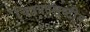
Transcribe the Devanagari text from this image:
चित्रपटसूष्टीत